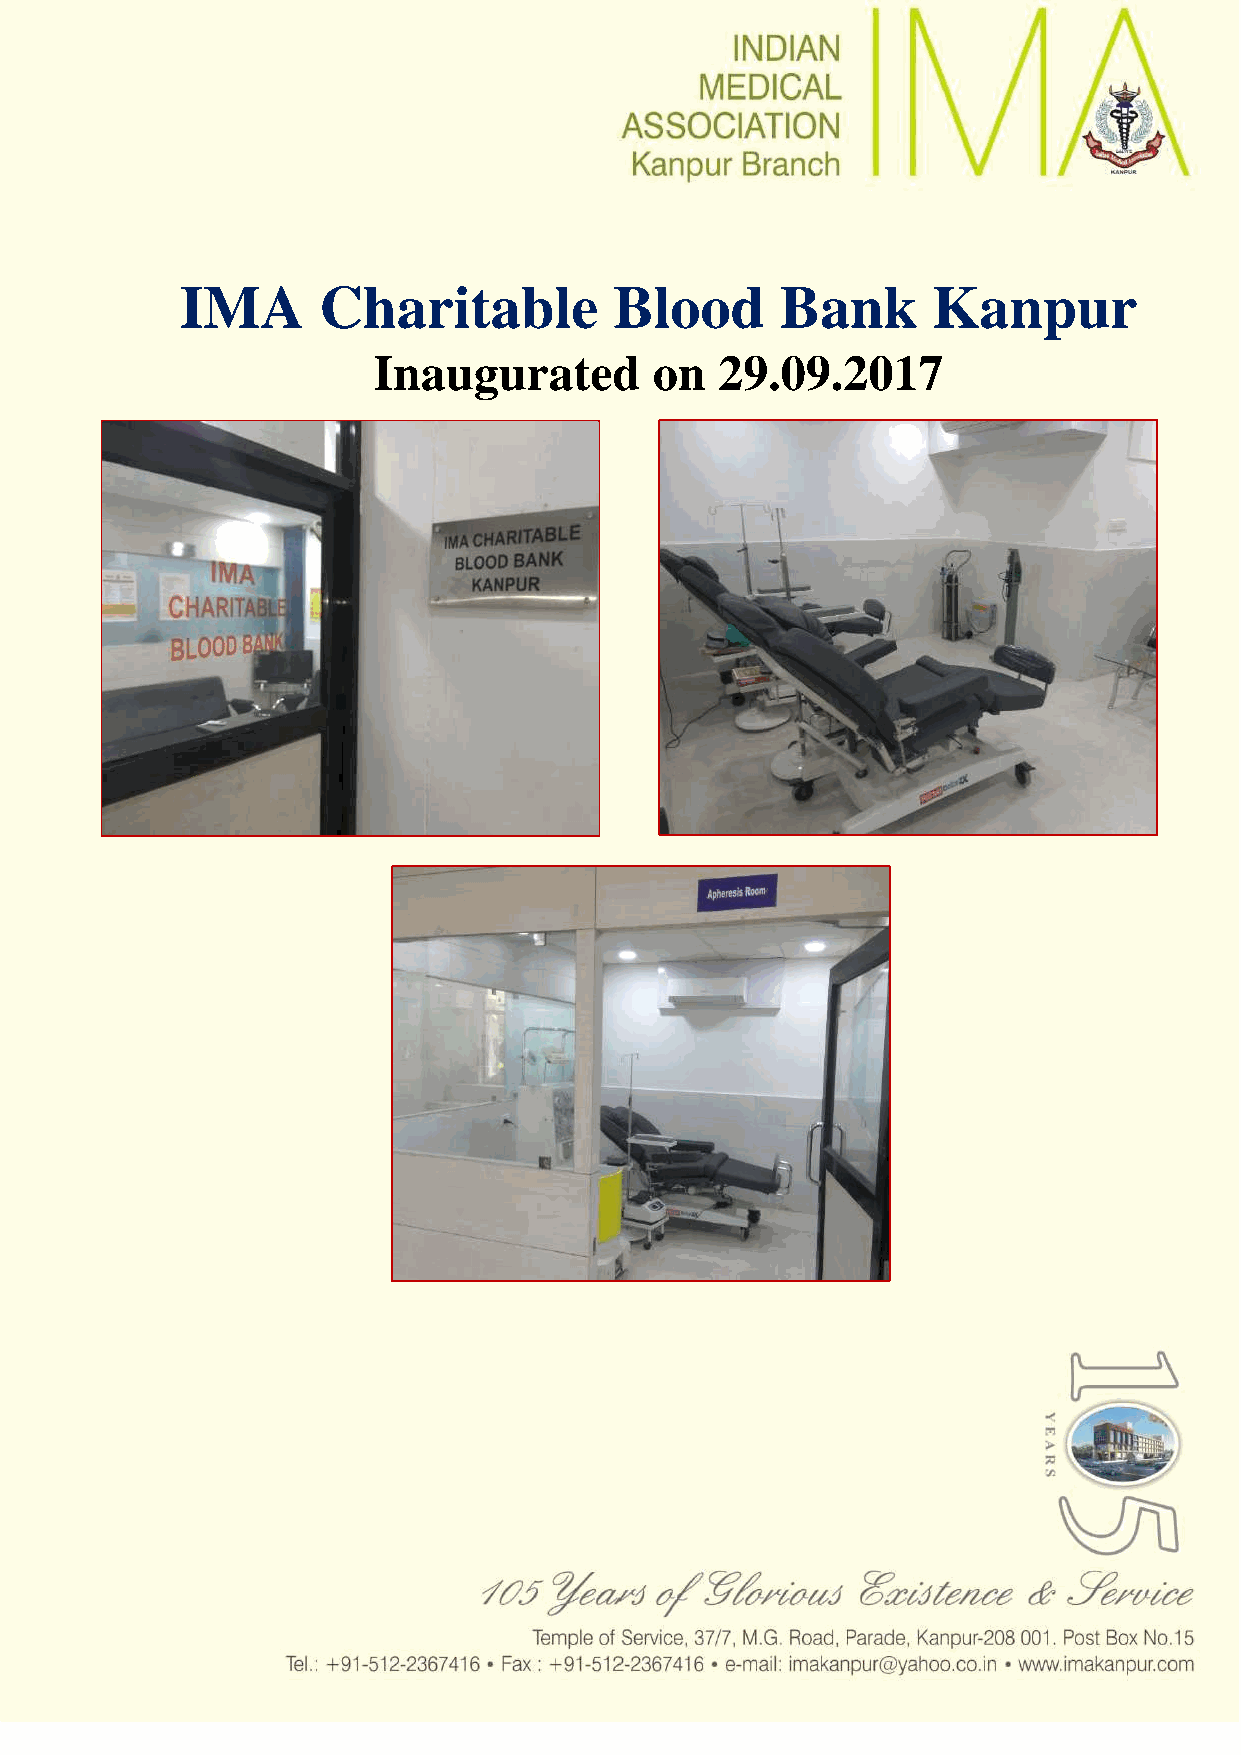
IMA      Charitable          Blood      Bank      Kanpur
 Inaugurated       on   29.09.2017